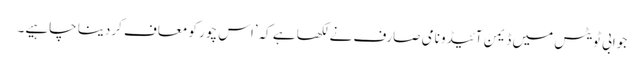
جوابی ٹویٹس میں ڈیمن آئیڈو نامی صارف نے لکھا ہے کہ’اس چور کو معاف کردینا چاہیے۔